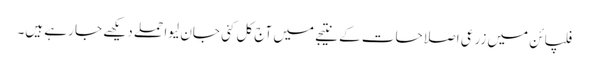
فلپائن میں زرعی اصلاحات کے نتیجے میں آج کل کئی جان لیوا حملے دیکھے جا رہے ہیں۔